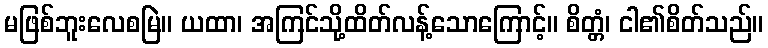
မဖြစ်ဘူးလေစမြဲ။ ယထာ၊ အကြင်သို့ထိတ်လန့်သောကြောင့်။ စိတ္တံ၊ ငါ၏စိတ်သည်။